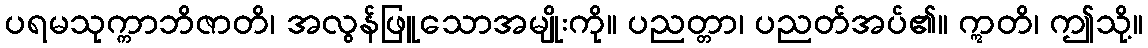
ပရမသုက္ကာဘိဇာတိ၊ အလွန်ဖြူသောအမျိုးကို။ ပညတ္တာ၊ ပညတ်အပ်၏။ ဣတိ၊ ဤသို့။